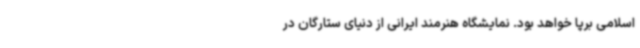
اسلامی برپا خواهد بود. نمایشگاه هنرمند ایرانی از دنیای ستارگان در